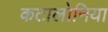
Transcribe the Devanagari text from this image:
कटालोनिया